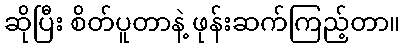
ဆိုပြီး စိတ်ပူတာနဲ့ ဖုန်းဆက်ကြည့်တာ။